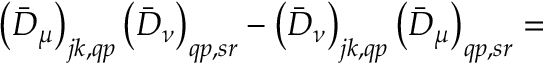
\left( \bar { D } _ { \mu } \right) _ { j k , q p } \left( \bar { D } _ { \nu } \right) _ { q p , s r } - \left( \bar { D } _ { \nu } \right) _ { j k , q p } \left( \bar { D } _ { \mu } \right) _ { q p , s r } =